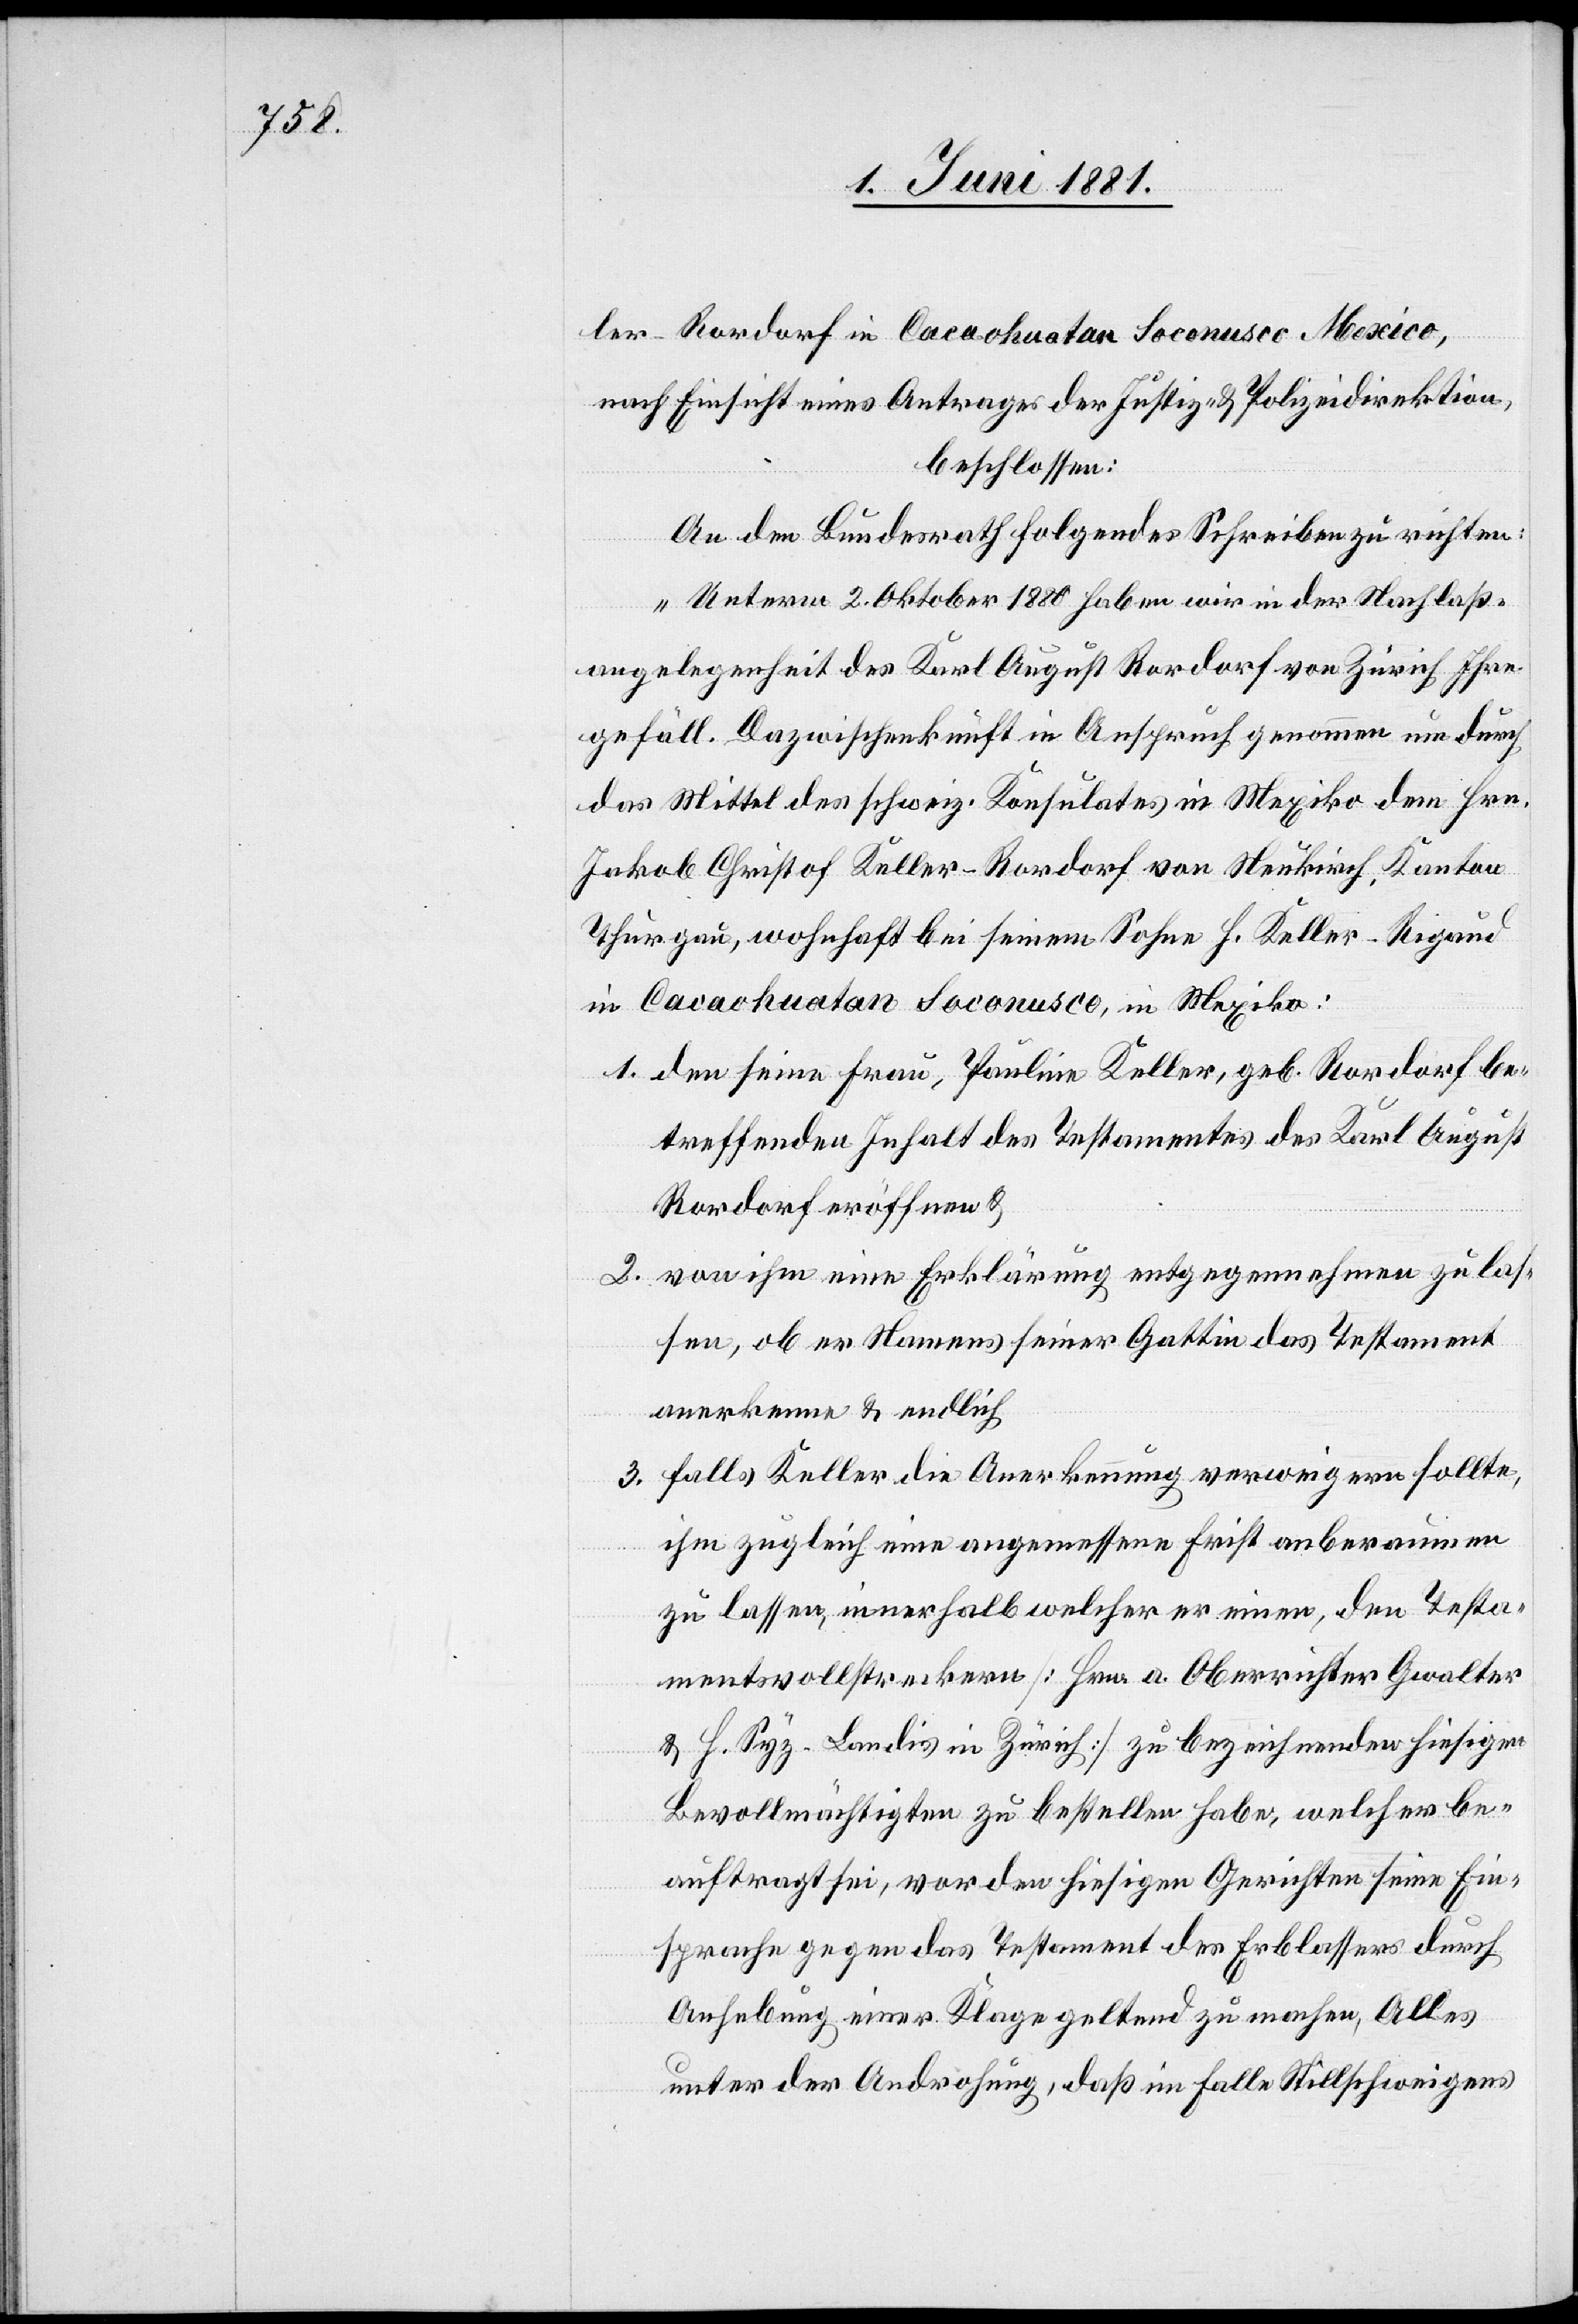
ler-Rordorf in Cacaokuatan Soconusco Mexiko,
nach Einsicht eines Antrages der Justiz- & Polizeidirektion,
beschlossen:
An den Bundesrath folgendes Schreiben zu richten:
„Unterm 2. Oktober 1880 haben wir in der Nachlaß¬
angelegenheit des Karl August Rordorf von Zürich Ihre
gefäll. Dazwischenkunft in Anspruch genommen um durch
das Mittel des schweiz. Konsulates in Mexiko dem Hrn.
Jakob Christof Keller-Rordorf von Neukirch, Kanton
Thurgau, wohnhaft bei seinem Sohne H. Keller-Rigaud
in Cacaokuatan Socanusco, in Mexiko:
1. den seine Frau, Pauline Keller, geb. Rordorf be¬
treffenden Inhalt des Testamentes des Karl August
Rordorf eröffnen &
2. von ihm eine Erklärung entgegennehmen zu las¬
sen, ob er Namens seiner Gattin das Testament
anerkenne & endlich
3. falls Keller die Anerkennung verweigern sollte,
ihm zugleich eine angemessene Frist anberaumen
zu lassen, innerhalb welcher er einen, den Testa¬
mentsvollstreckern [Hrn. a. Oberrichter Gwalter
& H. Syz-Landis in Zürich] zu bezeichnenden hiesigen
Bevollmächtigten zu bestellen habe, welcher be¬
auftragt sei, vor den hiesigen Gerichten seine Ein¬
sprachen gegen das Testament des Erblassers durch
Aufhebung einer Klage geltend zu machen, Alles
unter der Androhung, daß im Falle Stillschweigens